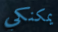
يمكنكي